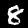
Digit: 8